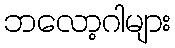
ဘလော့ဂါများ